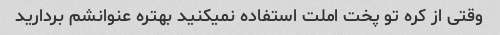
وقتی از کره تو پخت املت استفاده نمیکنید بهتره عنوانشم بردارید